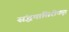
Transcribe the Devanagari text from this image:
संद्धमासिरीकृत